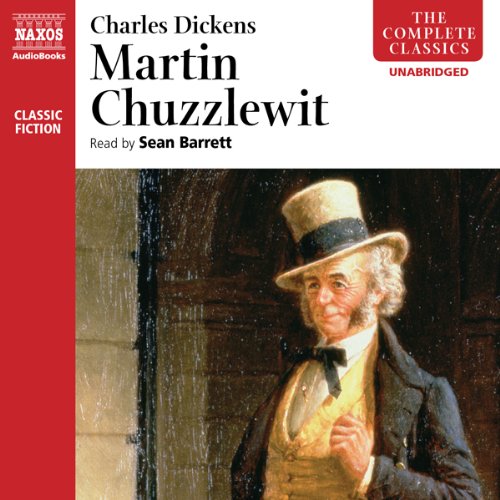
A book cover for Martin Chuzzlewit; Charles Dickens; Literature & Fiction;